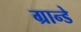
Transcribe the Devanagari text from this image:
ग्रान्डे